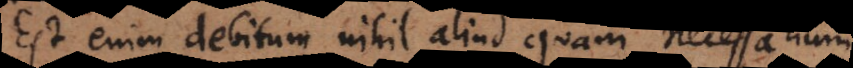
Est enim debitum nihil aliud quam necessarium